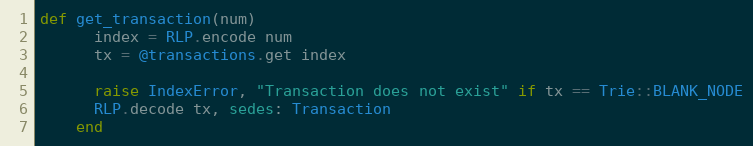
Language: Ruby
def get_transaction(num)
      index = RLP.encode num
      tx = @transactions.get index

      raise IndexError, "Transaction does not exist" if tx == Trie::BLANK_NODE
      RLP.decode tx, sedes: Transaction
    end